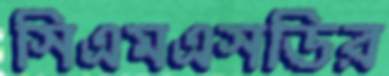
সিএমএসডির